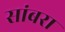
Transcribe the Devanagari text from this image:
सांबरा